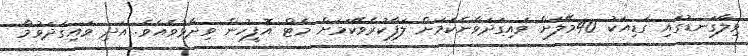
ވިލާގަނޑުގައި ގަޑިއަކު 40މޭލަށް ވައިގަދަވާނެކަމަށް ލަފާކުރެވޭކަމަށް މެޓް އޮފީހުން ވިދާޅުވެއެވެ. އަދި ވައިގަދަވުމާ